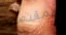
المقدمة